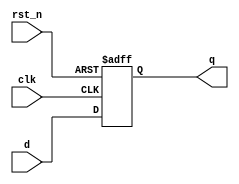
module reg_rst_n
# (
    parameter w = 1
) 
(
    input                clk,
    input                rst_n,
    input      [w - 1:0] d,
    output reg [w - 1:0] q
);

    always @ (posedge clk or negedge rst_n)
        if (! rst_n)
            q <= { w { 1'b0 } };
        else
            q <= d;

endmodule